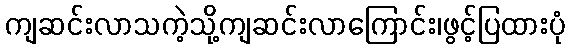
ကျဆင်းလာသကဲ့သို့ကျဆင်းလာကြောင်း၊ဖွင့်ပြထားပုံ